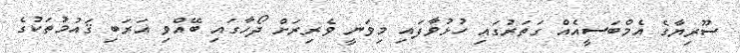
ސޫރިޔާގެ އެމްބަސީއެއް ގަތަރުގައި ހުޅުވާފައި މިވަނީ ވެރިރަށް ދޯހާގައި ބޭއްވި އަރަބި ޤައުމުތަކުގެ